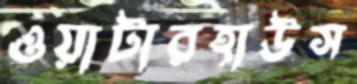
ওয়াটারহাউস